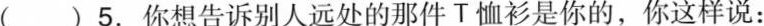
( )5.你想告诉别人远处的那件T恤衫是你的，你这样说：